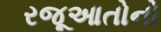
રજૂઆતોનો